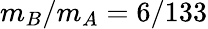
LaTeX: m_{B}/m_{A}=6/133